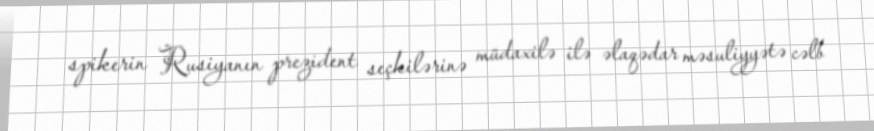
spikerin Rusiyanın prezident seçkilərinə müdaxilə ilə əlaqədar məsuliyyətə cəlb